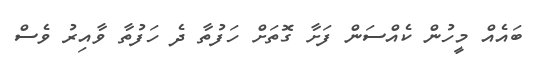
ބައެއް މީހުން ކެއްސަން ފަށާ ގޮތަށް ހަފުތާ ދެ ހަފުތާ ވާއިރު ވެސް